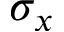
\sigma _ { x }